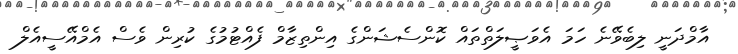
އާމްދަނީ ލިބެވޭނެ ހަމަ އެވަޞީލަތްތައް ކޮންސެޝަންގެ އިންތިޒާމް ފެއްޓުމުގެ ކުރިން ވެސް އެމްއޭސީއެލް